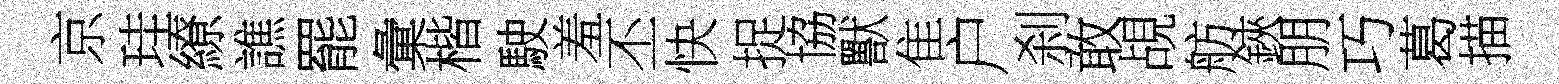
京珪繚譙罷彙楷駛羞丕快捉協獸隹户刹敢覘舫鋏朋巧葛描